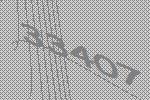
33407